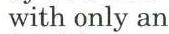
 with only an